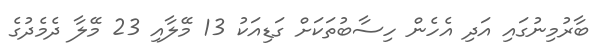
ބާރުމިނުގައި އަދި އެހެން ހިސާބުތަކަށް ގަޑިއަކު 13 މޭލާއި 23 މޭލާ ދެމެދުގެ